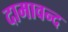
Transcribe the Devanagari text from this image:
दामावन्द